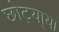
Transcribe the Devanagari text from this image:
छोट्या्या